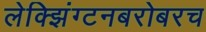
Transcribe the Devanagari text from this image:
लेक्झिंग्टनबरोबरच